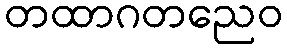
တထာဂတညေဝ